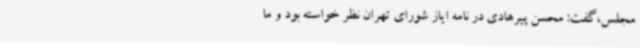
مجلس،گفت: محسن پیرهادی در نامه ایاز شورای تهران نظر خواسته بود و ما